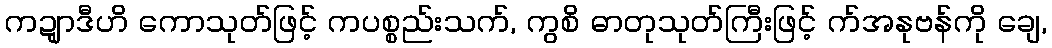
ကဍျာဒီဟိ ကောသုတ်ဖြင့် ကပစ္စည်းသက်, ကွစိ ဓာတုသုတ်ကြီးဖြင့် က်အနုဗန်ကို ချေ,